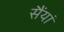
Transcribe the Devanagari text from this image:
सैंयां